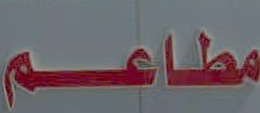
مطاعم